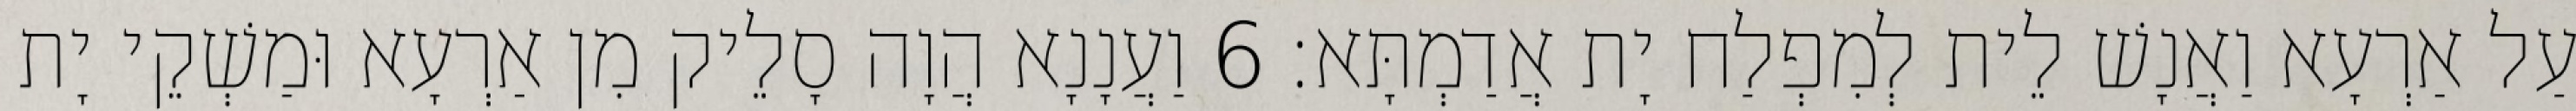
עַל אַרְעָא וַאֲנָשׁ לֵית לְמִפְלַח יָת אֲדַמְתָּא׃ 6 וַעֲנָנָא הֲוָה סָלֵיק מִן אַרְעָא וּמַשְׁקֵי יָת